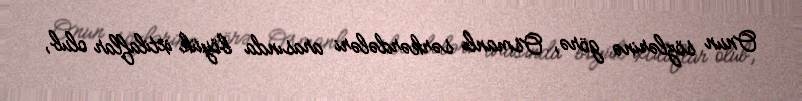
Onun sözlərinə görə, Osmanlı sərkərdələri arasında böyük ixtilaflar olub,